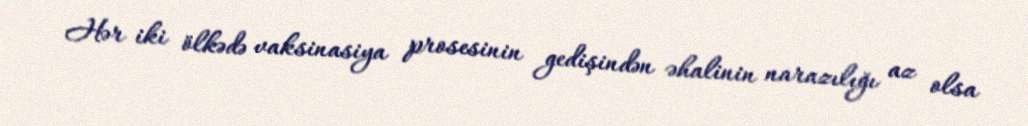
Hər iki ölkədə vaksinasiya prosesinin gedişindən əhalinin narazılığı az olsa